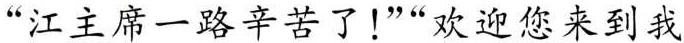
”江主席一路辛苦了！””欢迎您来到我